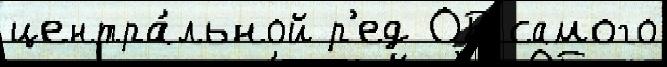
центра́льной р'ед ОБ самого